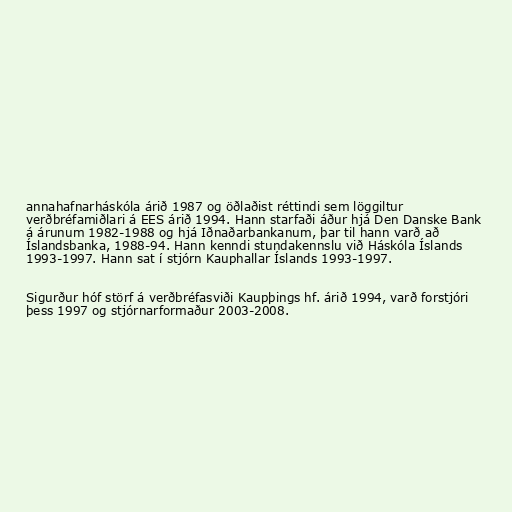
annahafnarháskóla árið 1987 og öðlaðist réttindi sem löggiltur
verðbréfamiðlari á EES árið 1994. Hann starfaði áður hjá Den Danske Bank
á árunum 1982-1988 og hjá Iðnaðarbankanum, þar til hann varð að
Íslandsbanka, 1988-94. Hann kenndi stundakennslu við Háskóla Íslands
1993-1997. Hann sat í stjórn Kauphallar Íslands 1993-1997.

Sigurður hóf störf á verðbréfasviði Kaupþings hf. árið 1994, varð forstjóri
þess 1997 og stjórnarformaður 2003-2008.